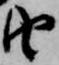
由